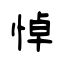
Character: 悼